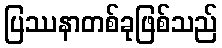
ပြဿနာတစ်ခုဖြစ်သည်